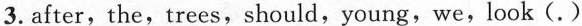
3.after,the,trees,should,young,we,look (.)